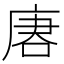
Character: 𰇺